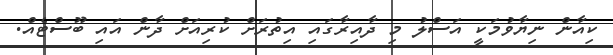
ކިއާން ނިޔާވުމަކީ އަސްލު މި ދާއިރާގައި އިތުރަށް ކުރިއަށް ދާން އައި ބޫސްޓެއް.